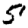
Digit: 5